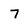
Character: 7